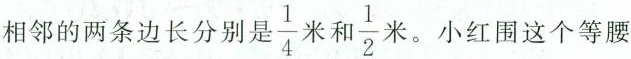
相邻的两条边长分别是 \frac{1}{4}米和 \frac{1}{2}米。小红围这个等腰